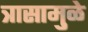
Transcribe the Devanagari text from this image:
त्रासामु़ळे